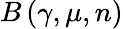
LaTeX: B\left(\gamma,\mu,n\right)